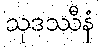
သုဒဿီနံ